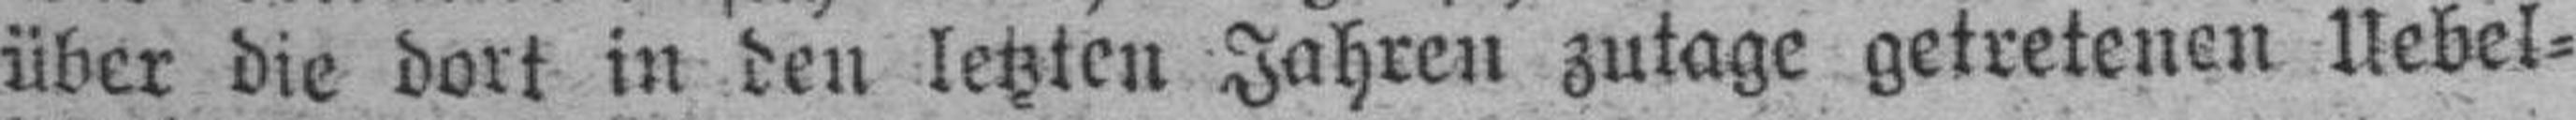
über die dort in den letzten Jahren zutage getretenen Uebel¬